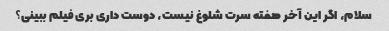
سلام، اگر این آخر هفته سرت شلوغ نیست، دوست داری بری فیلم ببینی؟